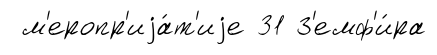
м'еропр'иjа́т'иjе 31 З'емф'и́ра